342_HS1-416511228_319.1 Flying Discs 1949
Agency: Department of War
Incident date: 1/9/50
Page 13
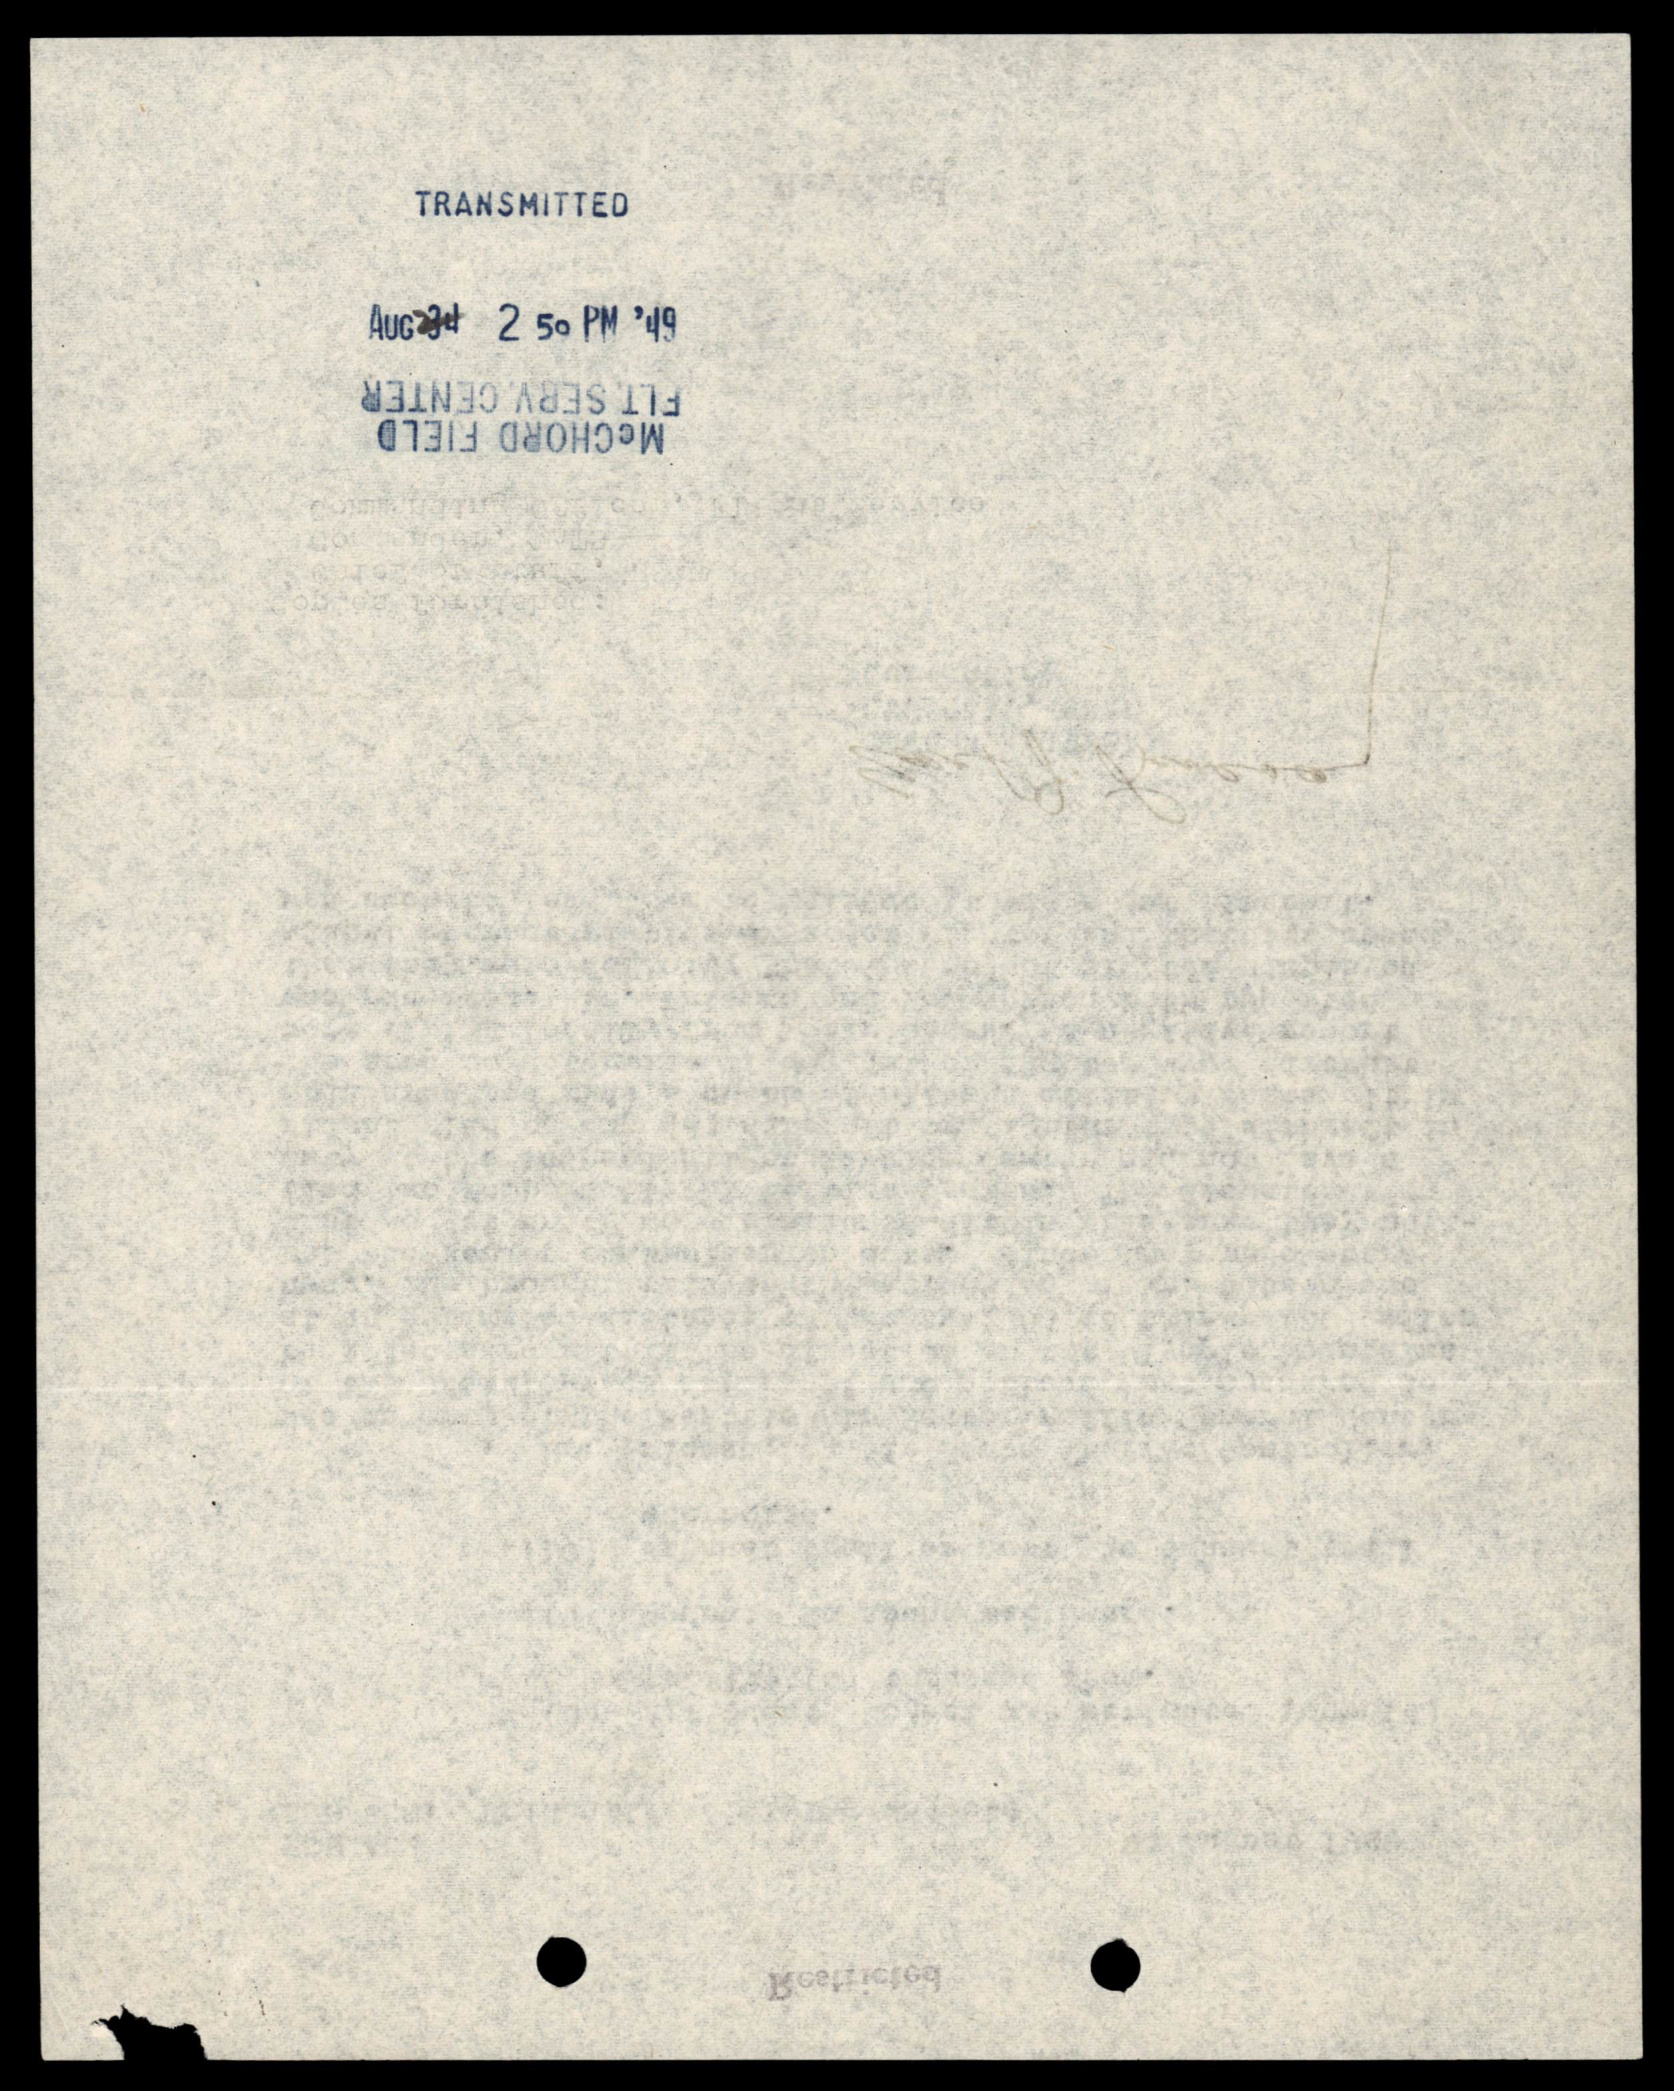